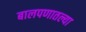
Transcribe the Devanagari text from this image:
बालपणातल्या